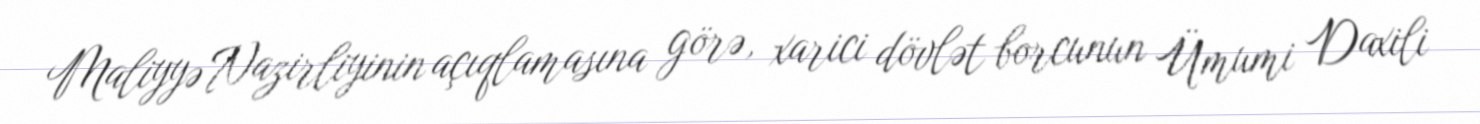
Maliyyə Nazirliyinin açıqlamasına görə, xarici dövlət borcunun Ümumi Daxili